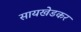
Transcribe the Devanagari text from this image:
सायखेडकर